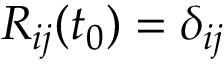
R _ { i j } ( t _ { 0 } ) = \delta _ { i j }